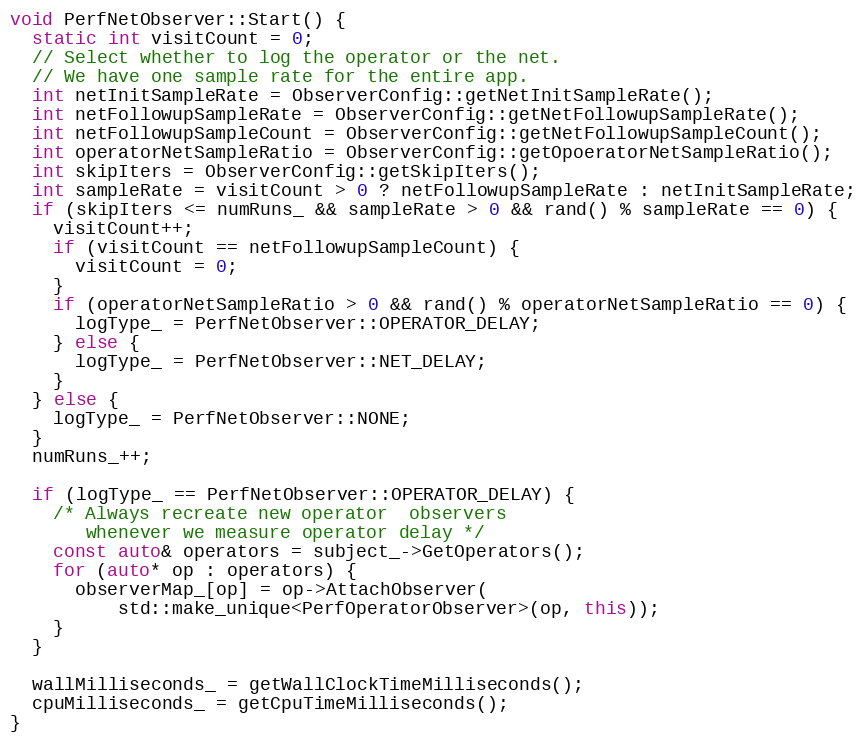
Language: C++
void PerfNetObserver::Start() {
  static int visitCount = 0;
  // Select whether to log the operator or the net.
  // We have one sample rate for the entire app.
  int netInitSampleRate = ObserverConfig::getNetInitSampleRate();
  int netFollowupSampleRate = ObserverConfig::getNetFollowupSampleRate();
  int netFollowupSampleCount = ObserverConfig::getNetFollowupSampleCount();
  int operatorNetSampleRatio = ObserverConfig::getOpoeratorNetSampleRatio();
  int skipIters = ObserverConfig::getSkipIters();
  int sampleRate = visitCount > 0 ? netFollowupSampleRate : netInitSampleRate;
  if (skipIters <= numRuns_ && sampleRate > 0 && rand() % sampleRate == 0) {
    visitCount++;
    if (visitCount == netFollowupSampleCount) {
      visitCount = 0;
    }
    if (operatorNetSampleRatio > 0 && rand() % operatorNetSampleRatio == 0) {
      logType_ = PerfNetObserver::OPERATOR_DELAY;
    } else {
      logType_ = PerfNetObserver::NET_DELAY;
    }
  } else {
    logType_ = PerfNetObserver::NONE;
  }
  numRuns_++;

  if (logType_ == PerfNetObserver::OPERATOR_DELAY) {
    /* Always recreate new operator  observers
       whenever we measure operator delay */
    const auto& operators = subject_->GetOperators();
    for (auto* op : operators) {
      observerMap_[op] = op->AttachObserver(
          std::make_unique<PerfOperatorObserver>(op, this));
    }
  }

  wallMilliseconds_ = getWallClockTimeMilliseconds();
  cpuMilliseconds_ = getCpuTimeMilliseconds();
}